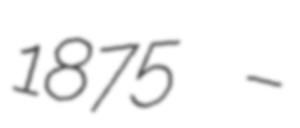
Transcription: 1875 –